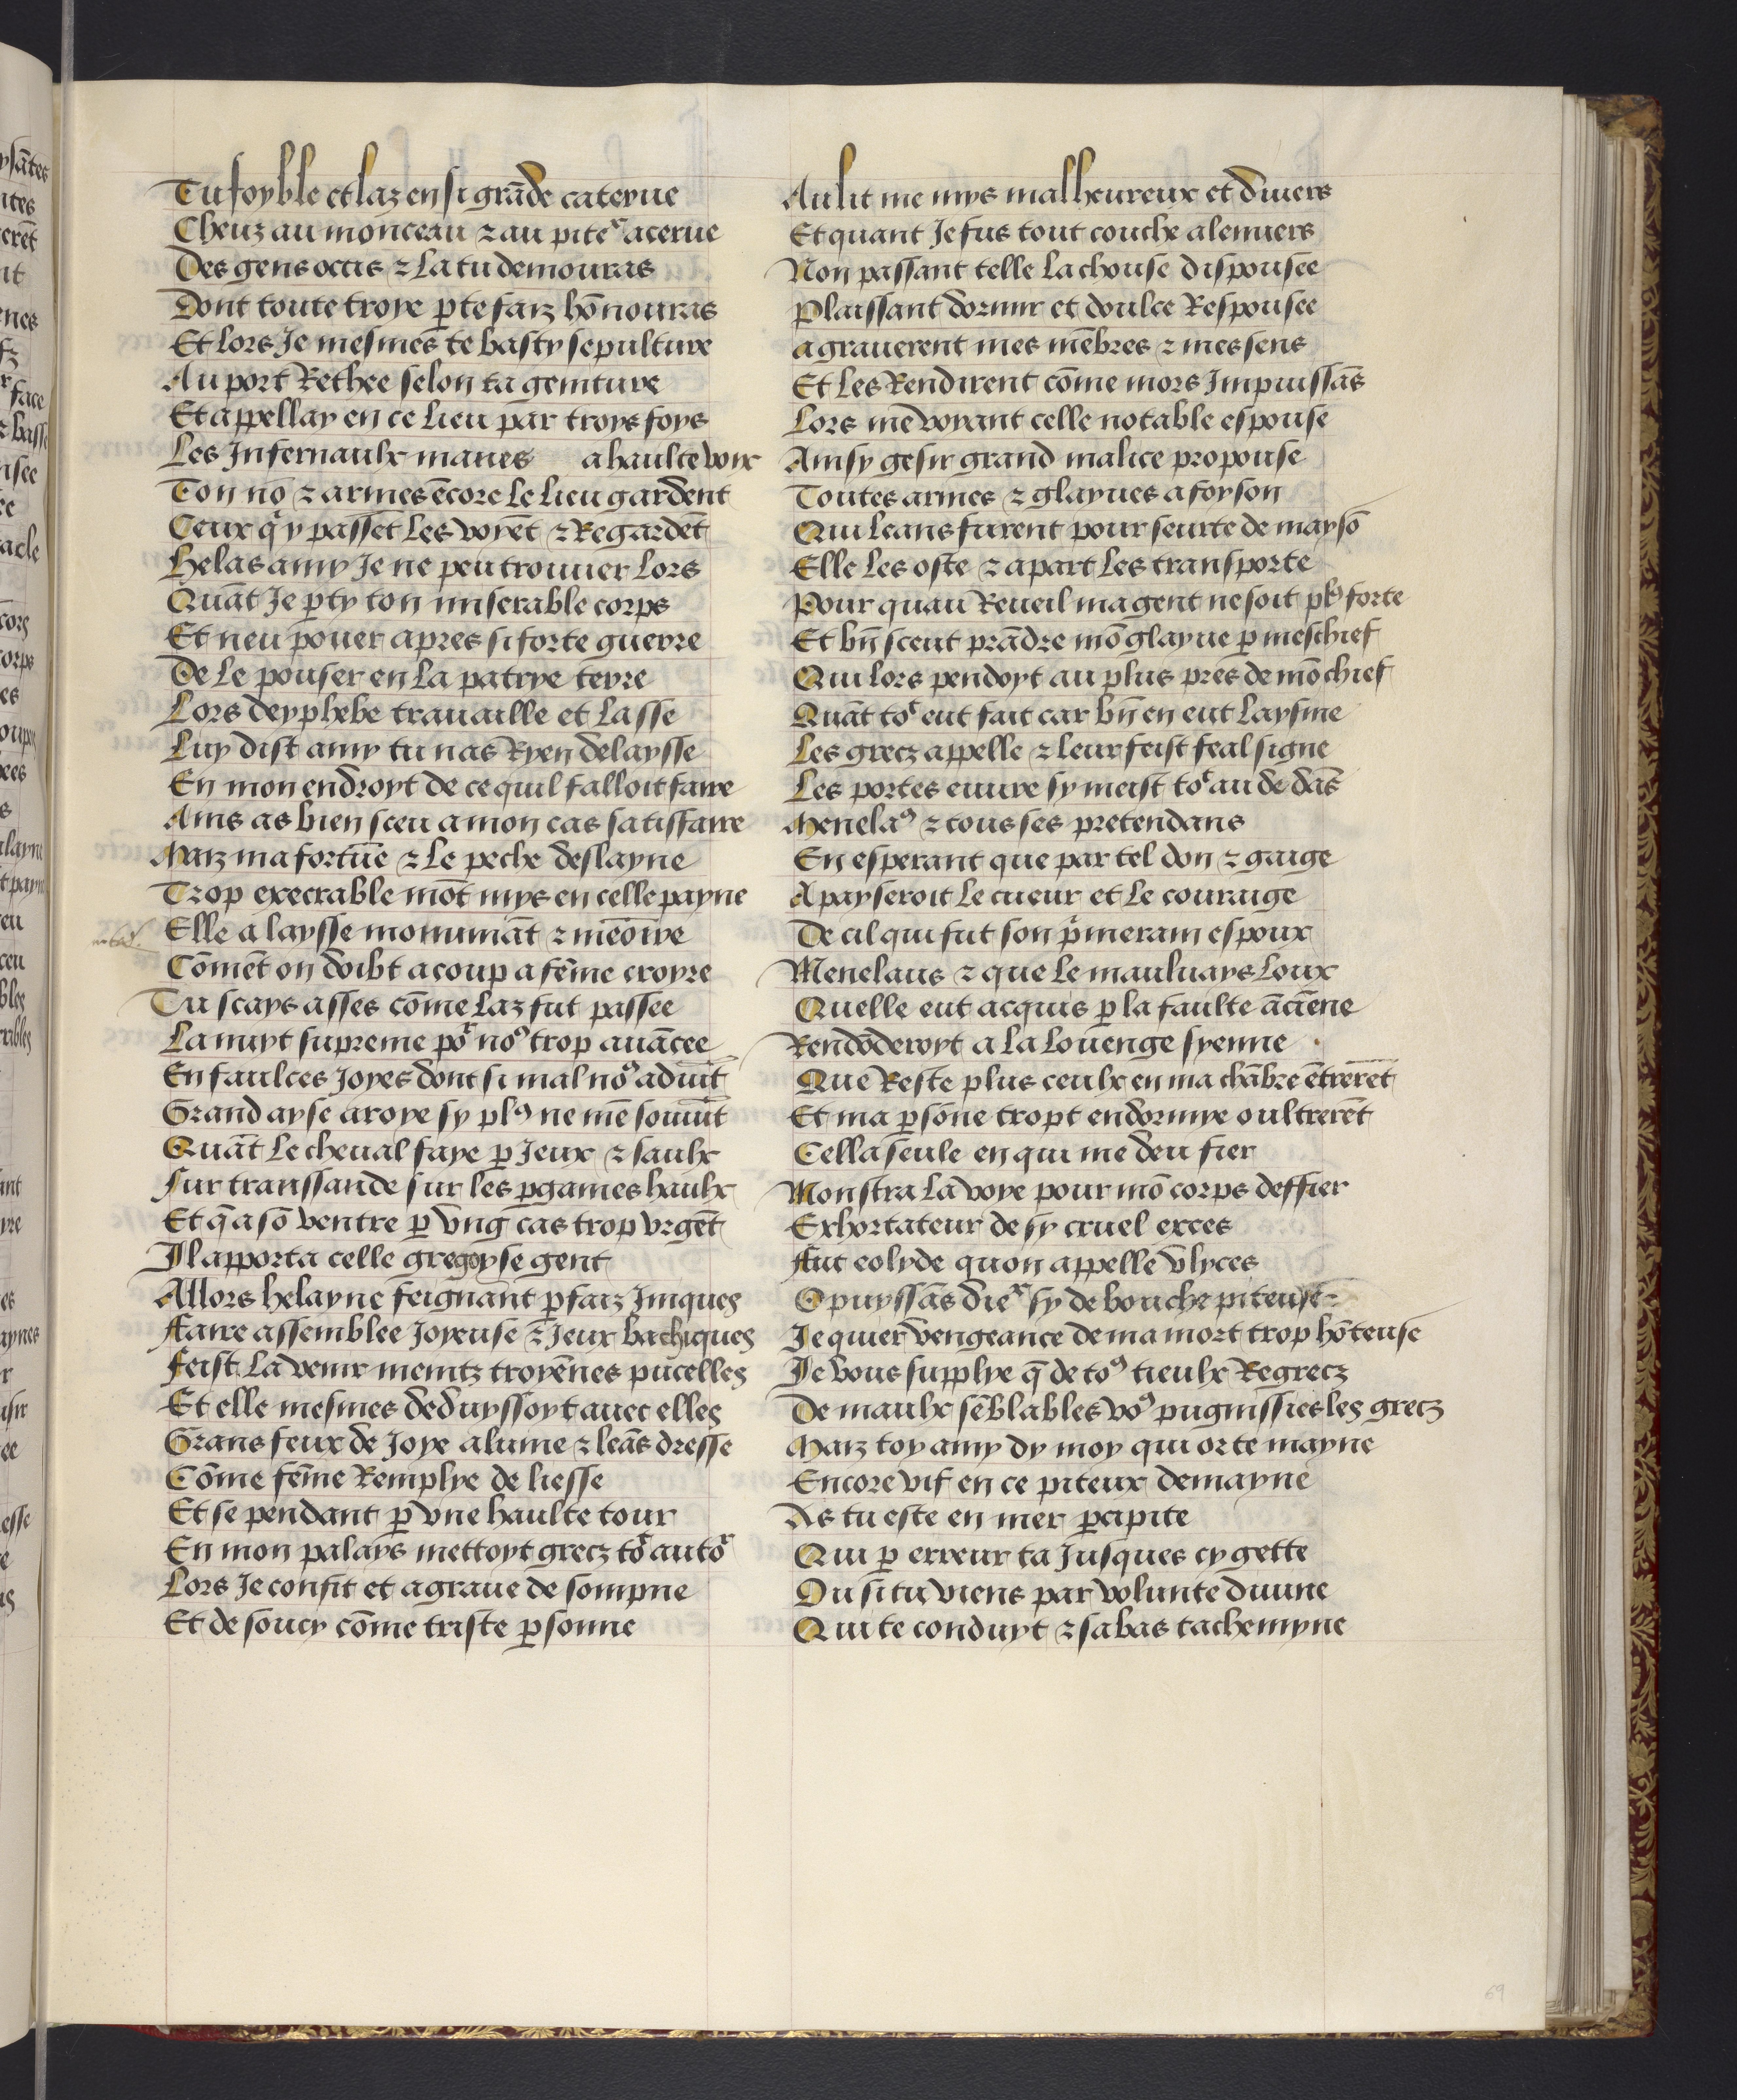
Shelfmark: Philadelphia, University of Pennsylvania, codex 909
Century: 15